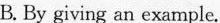
B. By giving an example.